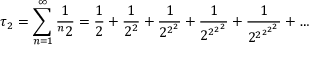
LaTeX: \tau _ { 2 } = \sum _ { n = 1 } ^ { \infty } { \frac { 1 } { ^ { n } 2 } } = { \frac { 1 } { 2 } } + { \frac { 1 } { 2 ^ { 2 } } } + { \frac { 1 } { 2 ^ { 2 ^ { 2 } } } } + { \frac { 1 } { 2 ^ { 2 ^ { 2 ^ { 2 } } } } } + { \frac { 1 } { 2 ^ { 2 ^ { 2 ^ { 2 ^ { 2 } } } } } } + \ldots